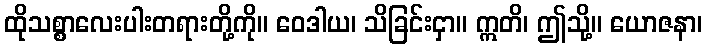
ထိုသစ္စာလေးပါးတရားတို့ကို။ ဝေဒါယ၊ သိခြင်းငှာ။ ဣတိ၊ ဤသို့။ ယောဇနာ၊